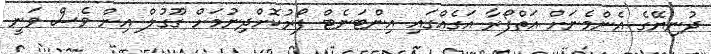
ދުނިޔޭގެ އެންމެނަށް އަތްފޯރާ އަގެއްގައި އިންޓަނެޓް ފޯރުކޮށްދިނުމަށް ގޫގުލް އިން ވެސް ވަނީ